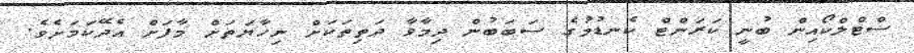
ސްޓްލްކޯއިން ބުނީ ކަރަންޓް ކެނޑުމުގެ ސަބަބުން ދިމާވާ ދަތިތަކަށް ނިހާޔަތަށް މާފަށް އެދޭކަމަށެވެ.